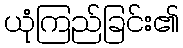
ယုံကြည်ခြင်း၏